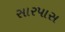
સારપાસ